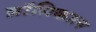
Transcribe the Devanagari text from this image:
ब्रॉसिकाल